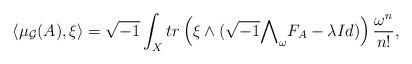
LaTeX: \begin{align*} \langle\mu_{\mathcal{G}}(A),\xi\rangle=\sqrt{-1}\int_{X}tr\left(\xi\wedge(\sqrt{-1}{\bigwedge}_{\omega}F_{A}-\lambda Id)\right)\frac{\omega^{n}}{n!}, \end{align*}